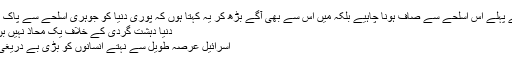
مشرق وسطیٰ کو سب سے پہلے اس اسلحے سے صاف ہونا چاہیے بلکہ میں اس سے بھی آگے بڑھ کر یہ کہتا ہوں کہ پوری دنیا کو جوہری اسلحے سے پاک ہونا چاہیے: صدر ایردوان
دنیا دہشت گردی کے خلاف یک محاذ نہیں بن سکی، وزیر اعظم ترکی
اسرائیل عرصہ طویل سے نہتے انسانوں کو بڑی بے دریغی سے قتل کرتا چلا آیا ہے